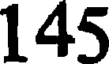
145